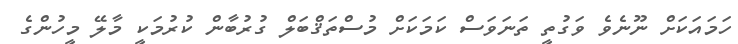
ހަމައަކަށް ނޫނެވެ ވަގުތީ ތަނަވަސް ކަމަކަށް މުސްތަޤްބަލް ގުރުބާން ކުރުމަކީ މާލޭ މީހުންގެ